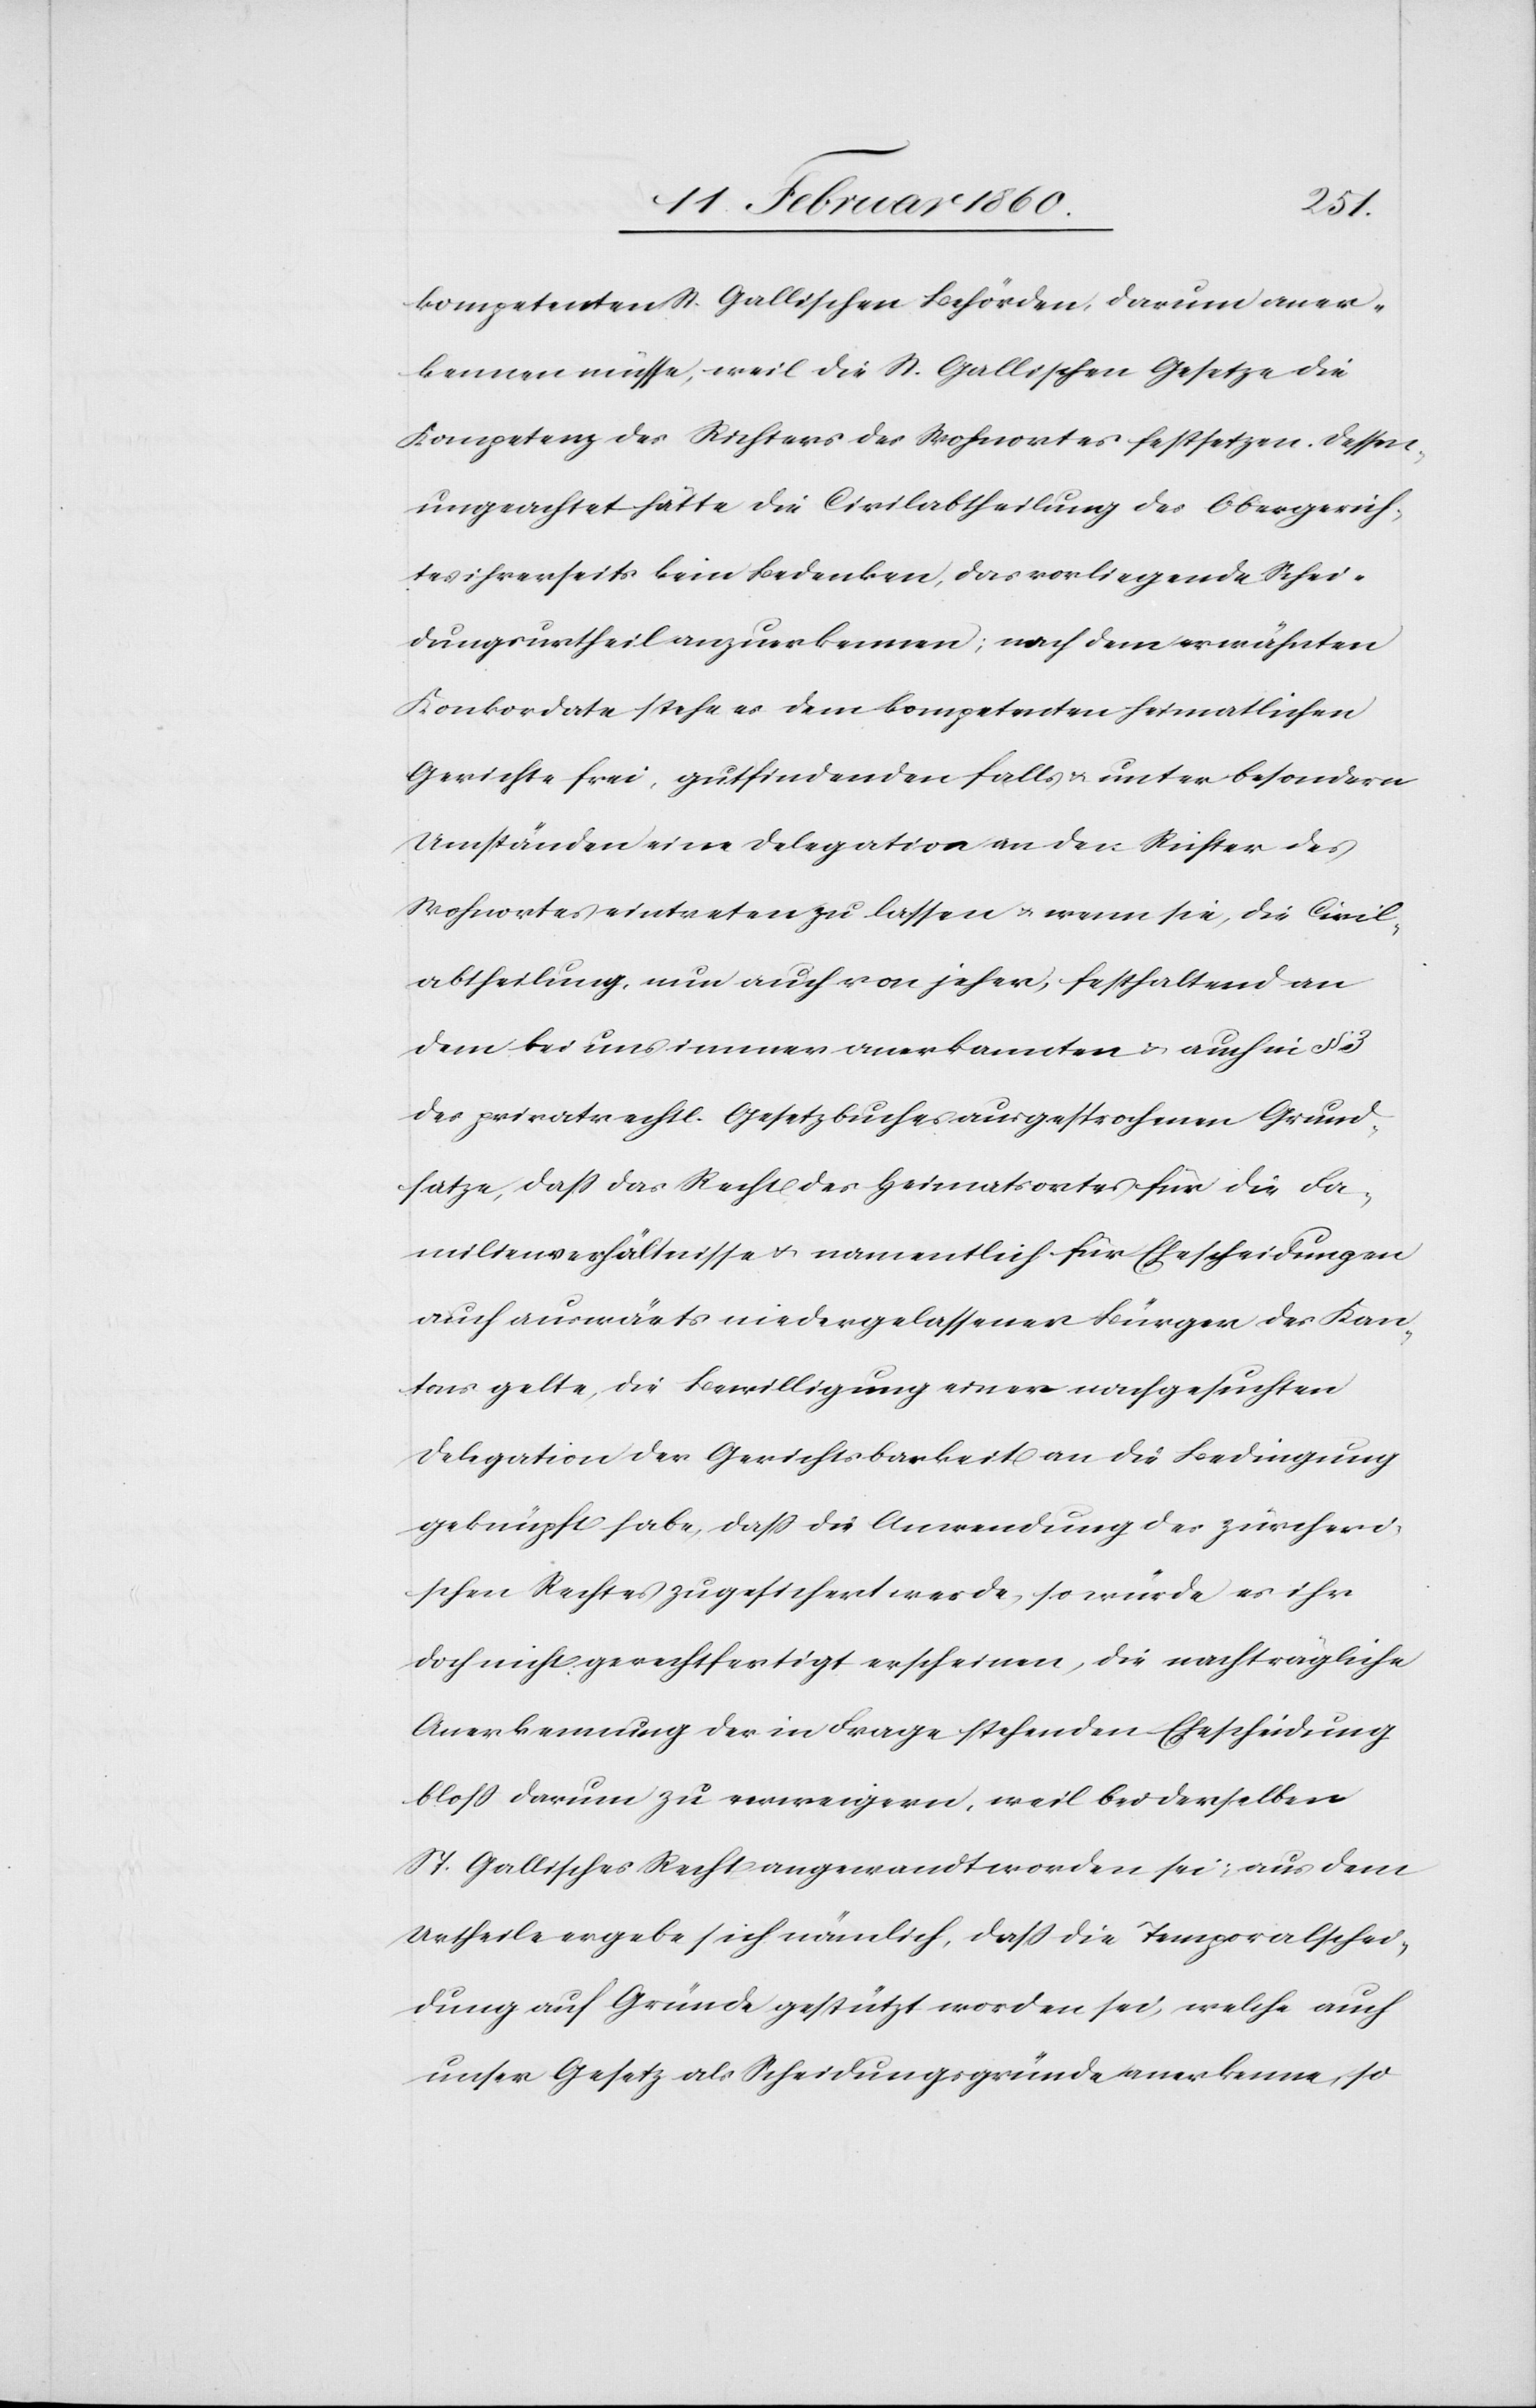
3.
kompetenten St. Gallischen Behörden, darum aner¬
kennen müsse, weil die St. Gallischen Gesetze die
Kompetenz des Richters des Wohnortes festsetzen. Dessen
ungeachtet hätte die Civilabtheilung des Obergerich¬
tes ihrerseits kein Bedenken, das vorliegende Schei¬
dungsurtheil anzuerkennen; nach dem erwähnten
Konkordate stehe es dem kompetenten heimatlichen
Gerichte frei, gutfindenden falls u. unter besondern
Umständen eine Delegation an den Richter des
Wohnortes eintreten zu lassen u. wenn sie, die Civil¬
abtheilung, nun auch von jeher, festhaltend an
dem bei uns immer anerkannten u. auch in §.
des privatrechtl. Gesetzbuches ausgesprochenen Grund¬
satze, dass das Recht des Heimatortes für die Fa¬
milienverhältnisse u. namentlich für Ehescheidungen
auch auswärts niedergelassener Bürger der Kan¬
tone gelte, die Bewilligung einer nachgesuchten
Delegation der Gerichtsbarkeit an die Bedingung
geknüpft habe, dass die Anwendung des zürcheri¬
schen Rechtes zugesichert werde, so würde es ihr
doch nicht gerechtfertigt erscheinen, die nachträgliche
Anerkennung der in Frage stehenden Ehescheidung
bloss darum zu verweigern, weil bei derselben
St. Gallisches Recht angewandt worden sei, aus dem
Urtheile ergebe sich nämlich, dass die Temporalschei¬
dung auf Gründe gestützt worden sei, welche auch
unser Gesetz als Scheidungsgründe anerkenne, so